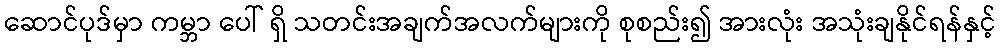
ဆောင်ပုဒ်မှာ ကမ္ဘာ ပေါ် ရှိ သတင်းအချက်အလက်များကို စုစည်း၍ အားလုံး အသုံးချနိုင်ရန်နှင့်